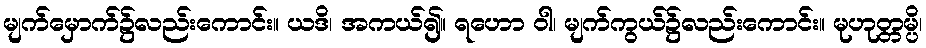
မျက်မှောက်၌လည်းကောင်း။ ယဒိ၊ အကယ်၍။ ရဟော ဝါ၊ မျက်ကွယ်၌လည်းကောင်း။ မုဟုတ္တမ္ပိ၊